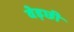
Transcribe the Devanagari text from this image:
वेड़छी